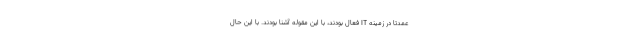
عمدتاً در زمینه IT فعال بودند، با این مقوله آشنا بودند. با این حال